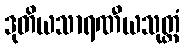
ဒုတိယသာရဏီယသုတ္တံ